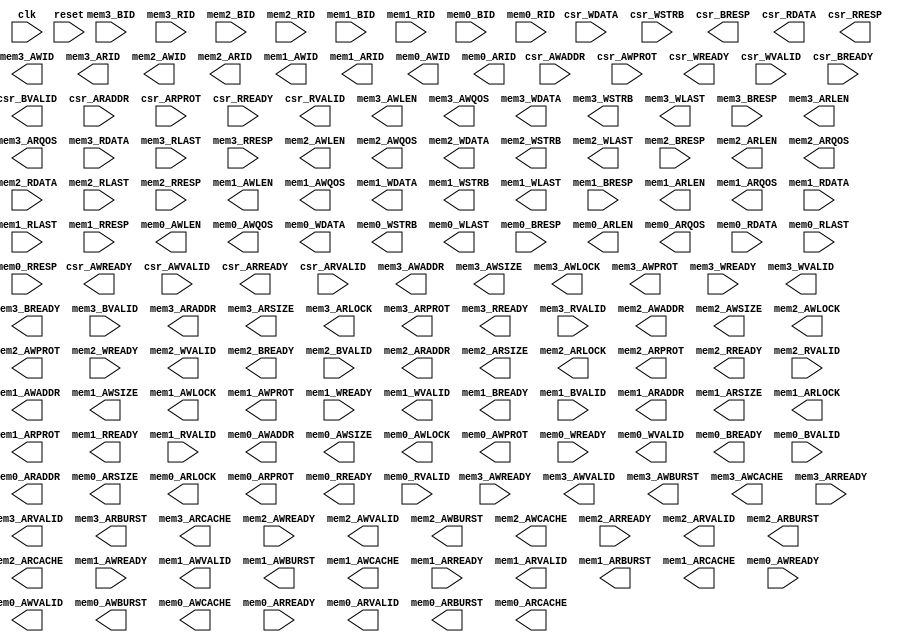
module AXIAccelWrapper(input clk, input reset,
    output csr_AWREADY,
    input  csr_AWVALID,
    input [31:0] csr_AWADDR,
    input [2:0] csr_AWPROT,
    output csr_WREADY,
    input  csr_WVALID,
    input [31:0] csr_WDATA,
    input [3:0] csr_WSTRB,
    input  csr_BREADY,
    output csr_BVALID,
    output[1:0] csr_BRESP,
    output csr_ARREADY,
    input  csr_ARVALID,
    input [31:0] csr_ARADDR,
    input [2:0] csr_ARPROT,
    input  csr_RREADY,
    output csr_RVALID,
    output[31:0] csr_RDATA,
    output[1:0] csr_RRESP,
    input  mem3_AWREADY,
    output mem3_AWVALID,
    output[31:0] mem3_AWADDR,
    output[2:0] mem3_AWSIZE,
    output[7:0] mem3_AWLEN,
    output[1:0] mem3_AWBURST,
    output[4:0] mem3_AWID,
    output mem3_AWLOCK,
    output[3:0] mem3_AWCACHE,
    output[2:0] mem3_AWPROT,
    output[3:0] mem3_AWQOS,
    input  mem3_WREADY,
    output mem3_WVALID,
    output[63:0] mem3_WDATA,
    output[7:0] mem3_WSTRB,
    output mem3_WLAST,
    output mem3_BREADY,
    input  mem3_BVALID,
    input [4:0] mem3_BID,
    input [1:0] mem3_BRESP,
    input  mem3_ARREADY,
    output mem3_ARVALID,
    output[31:0] mem3_ARADDR,
    output[2:0] mem3_ARSIZE,
    output[7:0] mem3_ARLEN,
    output[1:0] mem3_ARBURST,
    output[4:0] mem3_ARID,
    output mem3_ARLOCK,
    output[3:0] mem3_ARCACHE,
    output[2:0] mem3_ARPROT,
    output[3:0] mem3_ARQOS,
    output mem3_RREADY,
    input  mem3_RVALID,
    input [63:0] mem3_RDATA,
    input [4:0] mem3_RID,
    input  mem3_RLAST,
    input [1:0] mem3_RRESP,
    input  mem2_AWREADY,
    output mem2_AWVALID,
    output[31:0] mem2_AWADDR,
    output[2:0] mem2_AWSIZE,
    output[7:0] mem2_AWLEN,
    output[1:0] mem2_AWBURST,
    output[4:0] mem2_AWID,
    output mem2_AWLOCK,
    output[3:0] mem2_AWCACHE,
    output[2:0] mem2_AWPROT,
    output[3:0] mem2_AWQOS,
    input  mem2_WREADY,
    output mem2_WVALID,
    output[63:0] mem2_WDATA,
    output[7:0] mem2_WSTRB,
    output mem2_WLAST,
    output mem2_BREADY,
    input  mem2_BVALID,
    input [4:0] mem2_BID,
    input [1:0] mem2_BRESP,
    input  mem2_ARREADY,
    output mem2_ARVALID,
    output[31:0] mem2_ARADDR,
    output[2:0] mem2_ARSIZE,
    output[7:0] mem2_ARLEN,
    output[1:0] mem2_ARBURST,
    output[4:0] mem2_ARID,
    output mem2_ARLOCK,
    output[3:0] mem2_ARCACHE,
    output[2:0] mem2_ARPROT,
    output[3:0] mem2_ARQOS,
    output mem2_RREADY,
    input  mem2_RVALID,
    input [63:0] mem2_RDATA,
    input [4:0] mem2_RID,
    input  mem2_RLAST,
    input [1:0] mem2_RRESP,
    input  mem1_AWREADY,
    output mem1_AWVALID,
    output[31:0] mem1_AWADDR,
    output[2:0] mem1_AWSIZE,
    output[7:0] mem1_AWLEN,
    output[1:0] mem1_AWBURST,
    output[4:0] mem1_AWID,
    output mem1_AWLOCK,
    output[3:0] mem1_AWCACHE,
    output[2:0] mem1_AWPROT,
    output[3:0] mem1_AWQOS,
    input  mem1_WREADY,
    output mem1_WVALID,
    output[63:0] mem1_WDATA,
    output[7:0] mem1_WSTRB,
    output mem1_WLAST,
    output mem1_BREADY,
    input  mem1_BVALID,
    input [4:0] mem1_BID,
    input [1:0] mem1_BRESP,
    input  mem1_ARREADY,
    output mem1_ARVALID,
    output[31:0] mem1_ARADDR,
    output[2:0] mem1_ARSIZE,
    output[7:0] mem1_ARLEN,
    output[1:0] mem1_ARBURST,
    output[4:0] mem1_ARID,
    output mem1_ARLOCK,
    output[3:0] mem1_ARCACHE,
    output[2:0] mem1_ARPROT,
    output[3:0] mem1_ARQOS,
    output mem1_RREADY,
    input  mem1_RVALID,
    input [63:0] mem1_RDATA,
    input [4:0] mem1_RID,
    input  mem1_RLAST,
    input [1:0] mem1_RRESP,
    input  mem0_AWREADY,
    output mem0_AWVALID,
    output[31:0] mem0_AWADDR,
    output[2:0] mem0_AWSIZE,
    output[7:0] mem0_AWLEN,
    output[1:0] mem0_AWBURST,
    output[4:0] mem0_AWID,
    output mem0_AWLOCK,
    output[3:0] mem0_AWCACHE,
    output[2:0] mem0_AWPROT,
    output[3:0] mem0_AWQOS,
    input  mem0_WREADY,
    output mem0_WVALID,
    output[63:0] mem0_WDATA,
    output[7:0] mem0_WSTRB,
    output mem0_WLAST,
    output mem0_BREADY,
    input  mem0_BVALID,
    input [4:0] mem0_BID,
    input [1:0] mem0_BRESP,
    input  mem0_ARREADY,
    output mem0_ARVALID,
    output[31:0] mem0_ARADDR,
    output[2:0] mem0_ARSIZE,
    output[7:0] mem0_ARLEN,
    output[1:0] mem0_ARBURST,
    output[4:0] mem0_ARID,
    output mem0_ARLOCK,
    output[3:0] mem0_ARCACHE,
    output[2:0] mem0_ARPROT,
    output[3:0] mem0_ARQOS,
    output mem0_RREADY,
    input  mem0_RVALID,
    input [63:0] mem0_RDATA,
    input [4:0] mem0_RID,
    input  mem0_RLAST,
    input [1:0] mem0_RRESP
);


endmodule